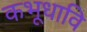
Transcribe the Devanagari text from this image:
कभूधावि